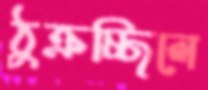
ঠুক্‌রচ্ছিলে